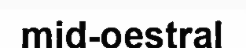
mid-oestral